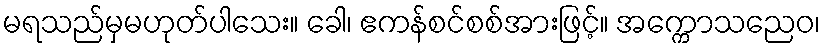
မရသည်မှမဟုတ်ပါသေး။ ခေါ၊ ဧကန်စင်စစ်အားဖြင့်။ အက္ကောသညေဝ၊